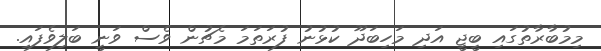
މިމުބާރާތުގައި ބީޖީ އަދި މަހިބަދޫ ކުޅުނު ފުރަތަމަ މެޗުން ވެސް ވަނީ ބަލިވެފައި.